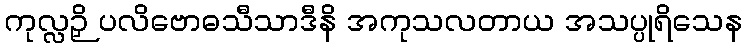
ကုလ္လဉှိ ပလိဗောဓသီသာဒီနိ အကုသလတာယ အသပ္ပုရိသေန